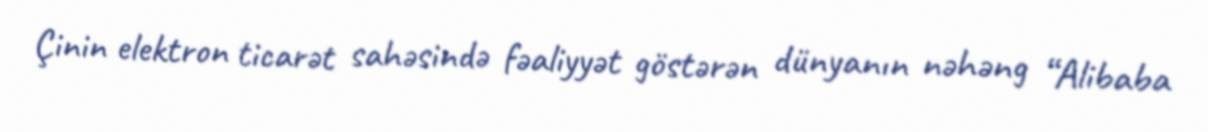
Çinin elektron ticarət sahəsində fəaliyyət göstərən dünyanın nəhəng “Alibaba